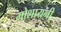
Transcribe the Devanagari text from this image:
मोशायनी